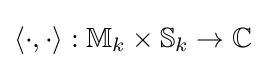
\langle \cdot ,\cdot \rangle :\mathbb {M} _{k}\times \mathbb {S} _{k}\rightarrow \mathbb {C}